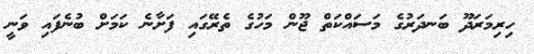
ހިރިމަރަދޫ ބަނދަރުގެ މަސައްކަތް ޖޫން މަހުގެ ތެރޭގައި ފަށާނެ ކަމަށް ބުނެފައި ވަނީ